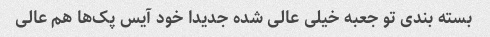
بسته بندی تو جعبه خیلی عالی شده جدیدا خود آیس پک‌ها هم عالی